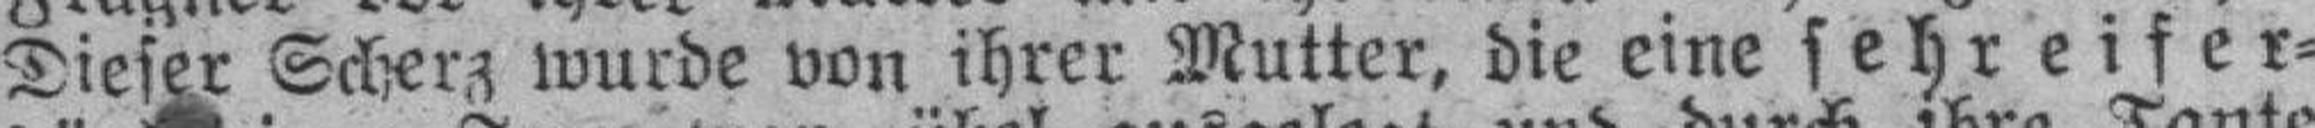
Dieser Scherz wurde von ihrer Mutter, die eine sehreifer¬